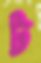
ট